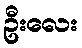
ဦးလေး